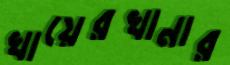
খায়েরখানার